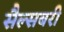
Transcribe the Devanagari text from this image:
सैल्सबरी